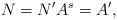
LaTeX: \begin{align*}N = N' A^s = A', \end{align*}